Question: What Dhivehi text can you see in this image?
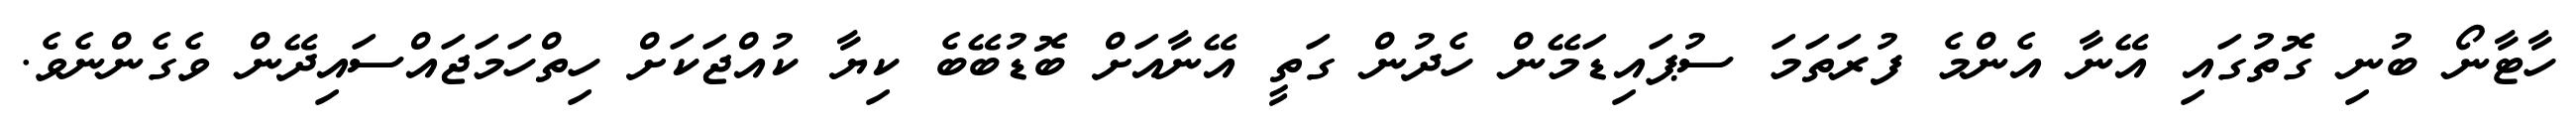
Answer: ހާޓާނޯ ބުނި ގޮތުގައި އޭނާ އެންމެ ފުރަތަމަ ސުޕައިޑަމޭން ހެދުން ގަތީ އޭނާއަށް ބޮޑުބޭބެ ކިޔާ ކުއްޖަކަށް ހިތްހަމަޖައްސައިދޭން ވެގެންނެވެ.